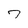
Character: 7